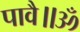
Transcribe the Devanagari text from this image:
पावै॥ॐ